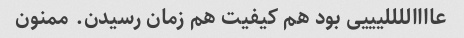
عااااللللیییی بود هم کیفیت هم زمان رسیدن. ممنون